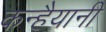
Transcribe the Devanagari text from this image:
कन्हैयानी